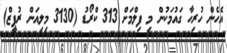
އެހެން ހުރިހާ ގައުމަކުން މި ފިލްމަށް 313 ކްރޯޑު (3130 މިލިއަން ރުޕީޒް)